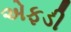
એફડી